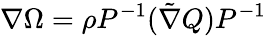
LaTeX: \nabla\Omega=\rho P^{-1}(\tilde{\nabla}Q)P^{-1}